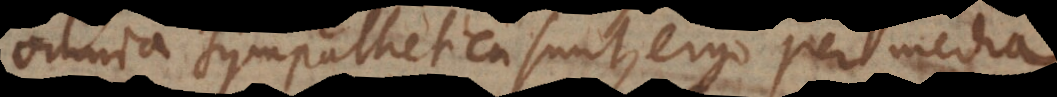
omnia sympathetica sunt, ergo per media